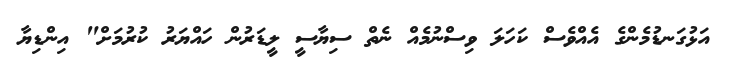
އަޅުގަނޑުމެންގެ އެއްވެސް ކަހަލަ ވިސްނުމެއް ނެތް ސިޔާސީ ލީޑަރުން ހައްޔަރު ކުރުމަށް" އިންޑިޔާ